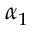
\alpha _ { 1 }